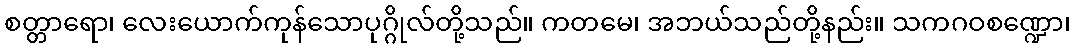
စတ္တာရော၊ လေးယောက်ကုန်သောပုဂ္ဂိုလ်တို့သည်။ ကတမေ၊ အဘယ်သည်တို့နည်း။ သကဂဝစဏ္ဍော၊